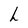
Character: h